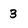
Character: 3